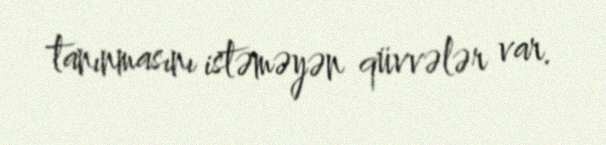
tanınmasını istəməyən qüvvələr var.